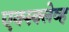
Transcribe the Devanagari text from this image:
एक्स्क्लेव्ह